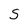
Character: S